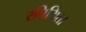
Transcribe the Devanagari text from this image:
रचियिता